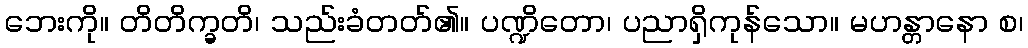
ဘေးကို။ တိတိက္ခတိ၊ သည်းခံတတ်၏။ ပဏ္ဍိတော၊ ပညာရှိကုန်သော။ မဟန္တာနော စ၊